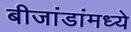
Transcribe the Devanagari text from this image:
बीजांडांमध्ये